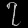
Digit: ၇